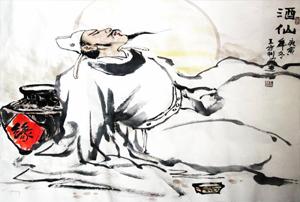
且就洞庭赊月色，将船买酒白云边。